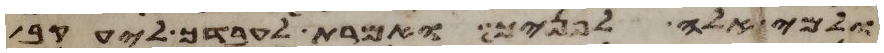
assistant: ולמי אלה לפניך ואמרת לעבדך ליעקב